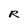
Character: R